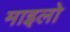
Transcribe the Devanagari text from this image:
माइलो